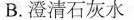
B.澄清石灰水